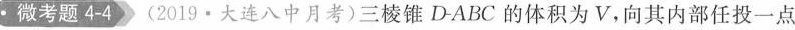
· 微考题 4-4 (2019 · 大连八中月考)三棱锥 D-ABC 的体积为V，向其内部任投一点